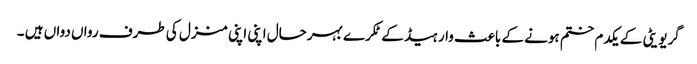
گریویٹی کے یکدم ختم ہونے کے باعث وار ہیڈ کے ٹکرے بہرحال اپنی اپنی منزل کی طرف رواں دواں ہیں ۔